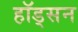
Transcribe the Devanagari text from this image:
हॉड्सन